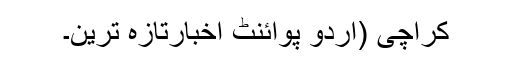
کراچی (اُردو پوائنٹ اخبارتازہ ترین۔